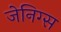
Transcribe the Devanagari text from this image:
जेनिग्स